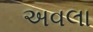
અવલા